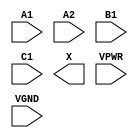
module sky130_fd_sc_hs__a211o (
    //# {{data|Data Signals}}
    input  A1  ,
    input  A2  ,
    input  B1  ,
    input  C1  ,
    output X   ,

    //# {{power|Power}}
    input  VPWR,
    input  VGND
);
endmodule